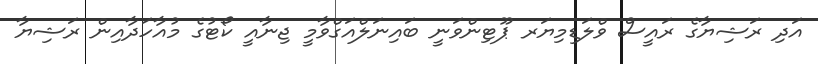
އަދި ރަޝިޔާގެ ރައީސް ވްލަޑިމިޔަރ ޕޫޓިންވަނީ ބައިނަލްއަގްވާމީ ޖިނާއީ ކޯޓުގެ މުއާހަދާއިން ރަޝިޔާ